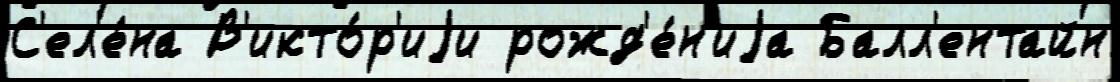
С'ел'е́на В'икто́р'иjи рожд'е́н'иjа Балл'ентайн